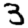
Digit: 3